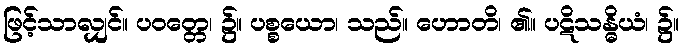
ဖြင့်သာလျှင်။ ပဝတ္တေ၊ ၌။ ပစ္စယော၊ သည်။ ဟောတိ၊ ၏။ ပဋိသန္ဓိယံ၊ ၌။